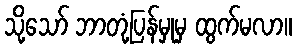
သို့သော် ဘာတုံ့ပြန်မှုမှ ထွက်မလာ။